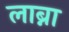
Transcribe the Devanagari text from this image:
लाब्ना